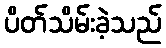
ပိတ်သိမ်းခဲ့သည်